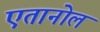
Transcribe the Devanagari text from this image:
एतानोल